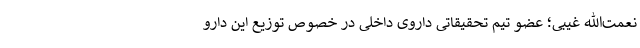
نعمت‌الله غیبی؛ عضو تیم تحقیقاتی داروی داخلی در خصوص توزیع این دارو